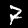
Label: 7